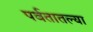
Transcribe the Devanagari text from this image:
पर्वतातल्या